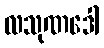
လသုဏဒေါ